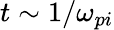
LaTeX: t\sim 1/\omega_{pi}